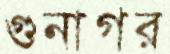
গুনাগর